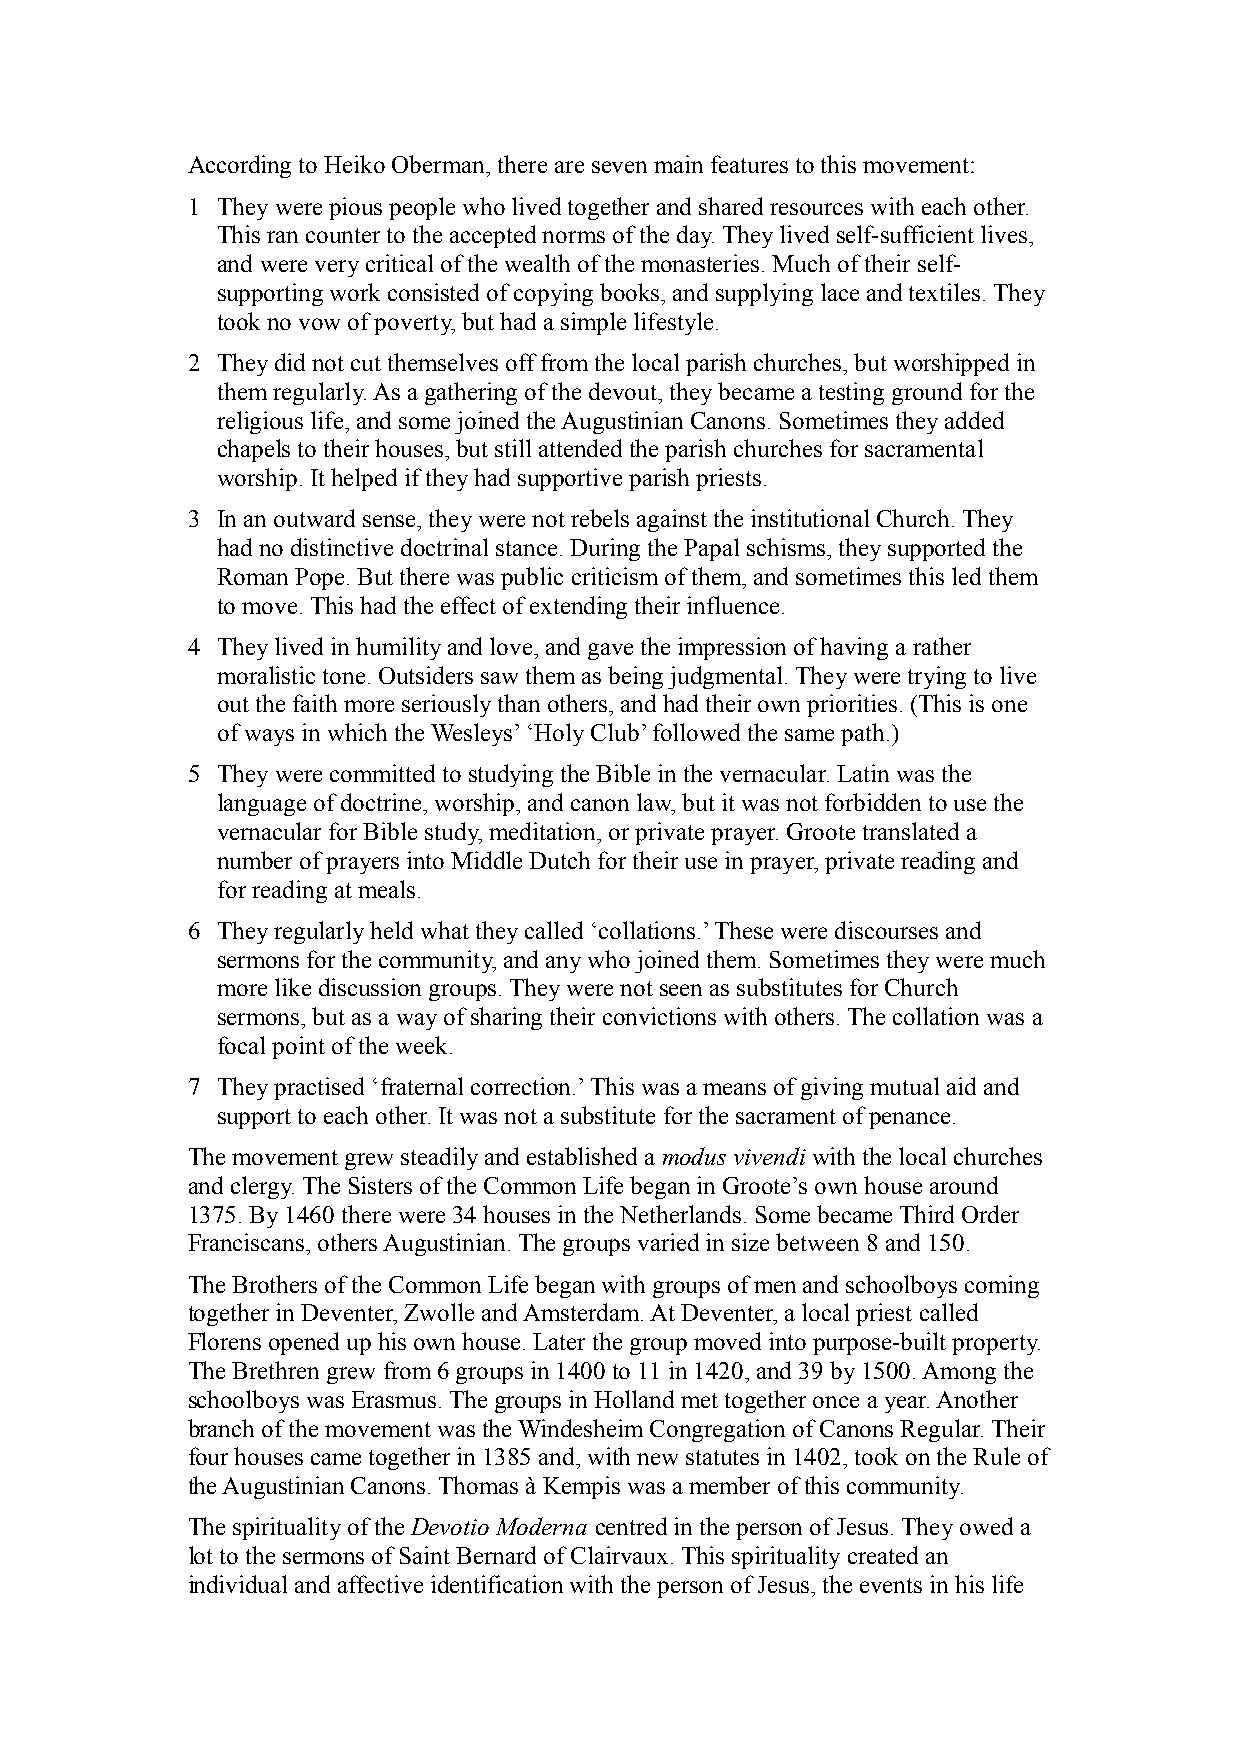
According to Heiko Oberman, there are seven main features to this movement:
 1 They were pious people who lived together and shared resources with each other.
 This ran counter to the accepted norms of the day. They lived self-sufficient lives,
 and were very critical of the wealth of the monasteries. Much of their self-
 supporting work consisted of copying books, and supplying lace and textiles. They
 took no vow of poverty, but had a simple lifestyle.
 2 They did not cut themselves off from the local parish churches, but worshipped in
 them regularly. As a gathering of the devout, they became a testing ground for the
 religious life, and some joined the Augustinian Canons. Sometimes they added
 chapels to their houses, but still attended the parish churches for sacramental
 worship. It helped if they had supportive parish priests.
 3 In an outward sense, they were not rebels against the institutional Church. They
 had no distinctive doctrinal stance. During the Papal schisms, they supported the
 Roman Pope. But there was public criticism of them, and sometimes this led them
 to move. This had the effect of extending their influence.
 4 They lived in humility and love, and gave the impression of having a rather
 moralistic tone. Outsiders saw them as being judgmental. They were trying to live
 out the faith more seriously than others, and had their own priorities. (This is one
 of ways in which the Wesleys’ ‘Holy Club’ followed the same path.)
 5 They were committed to studying the Bible in the vernacular. Latin was the
 language of doctrine, worship, and canon law, but it was not forbidden to use the
 vernacular for Bible study, meditation, or private prayer. Groote translated a
 number of prayers into Middle Dutch for their use in prayer, private reading and
 for reading at meals.
 6 They regularly held what they called ‘collations.’ These were discourses and
 sermons for the community, and any who joined them. Sometimes they were much
 more like discussion groups. They were not seen as substitutes for Church
 sermons, but as a way of sharing their convictions with others. The collation was a
 focal point of the week.
 7 They practised ‘fraternal correction.’ This was a means of giving mutual aid and
 support to each other. It was not a substitute for the sacrament of penance.
 The movement grew steadily and established a modus vivendi with the local churches
 and clergy. The Sisters of the Common Life began in Groote’s own house around
 1375. By 1460 there were 34 houses in the Netherlands. Some became Third Order
 Franciscans, others Augustinian. The groups varied in size between 8 and 150.
 The Brothers of the Common Life began with groups of men and schoolboys coming
 together in Deventer, Zwolle and Amsterdam. At Deventer, a local priest called
 Florens opened up his own house. Later the group moved into purpose-built property.
 The Brethren grew from 6 groups in 1400 to 11 in 1420, and 39 by 1500. Among the
 schoolboys was Erasmus. The groups in Holland met together once a year. Another
 branch of the movement was the Windesheim Congregation of Canons Regular. Their
 four houses came together in 1385 and, with new statutes in 1402, took on the Rule of
 the Augustinian Canons. Thomas à Kempis was a member of this community.
 The spirituality of the Devotio Moderna centred in the person of Jesus. They owed a
 lot to the sermons of Saint Bernard of Clairvaux. This spirituality created an
 individual and affective identification with the person of Jesus, the events in his life